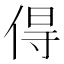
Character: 𠊚